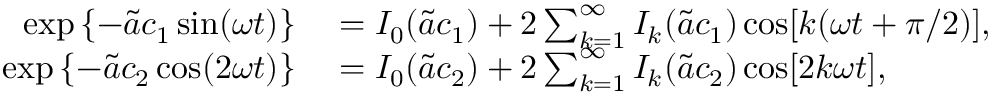
\begin{array} { r l } { \exp \left\{ - \tilde { a } c _ { 1 } \sin ( \omega t ) \right\} } & { { } = I _ { 0 } ( \tilde { a } c _ { 1 } ) + 2 \sum _ { k = 1 } ^ { \infty } I _ { k } ( \tilde { a } c _ { 1 } ) \cos [ k ( \omega t + \pi / 2 ) ] , } \\ { \exp \left\{ - \tilde { a } c _ { 2 } \cos ( 2 \omega t ) \right\} } & { { } = I _ { 0 } ( \tilde { a } c _ { 2 } ) + 2 \sum _ { k = 1 } ^ { \infty } I _ { k } ( \tilde { a } c _ { 2 } ) \cos [ 2 k \omega t ] , } \end{array}